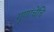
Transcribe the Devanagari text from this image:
गुणांचेंचि